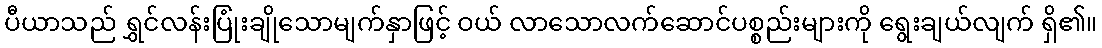
ပီယာသည် ရွှင်လန်းပြုံးချိုသောမျက်နှာဖြင့် ဝယ် လာသောလက်ဆောင်ပစ္စည်းများကို ရွေးချယ်လျက် ရှိ၏။